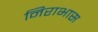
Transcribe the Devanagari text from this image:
निराभास